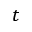
t